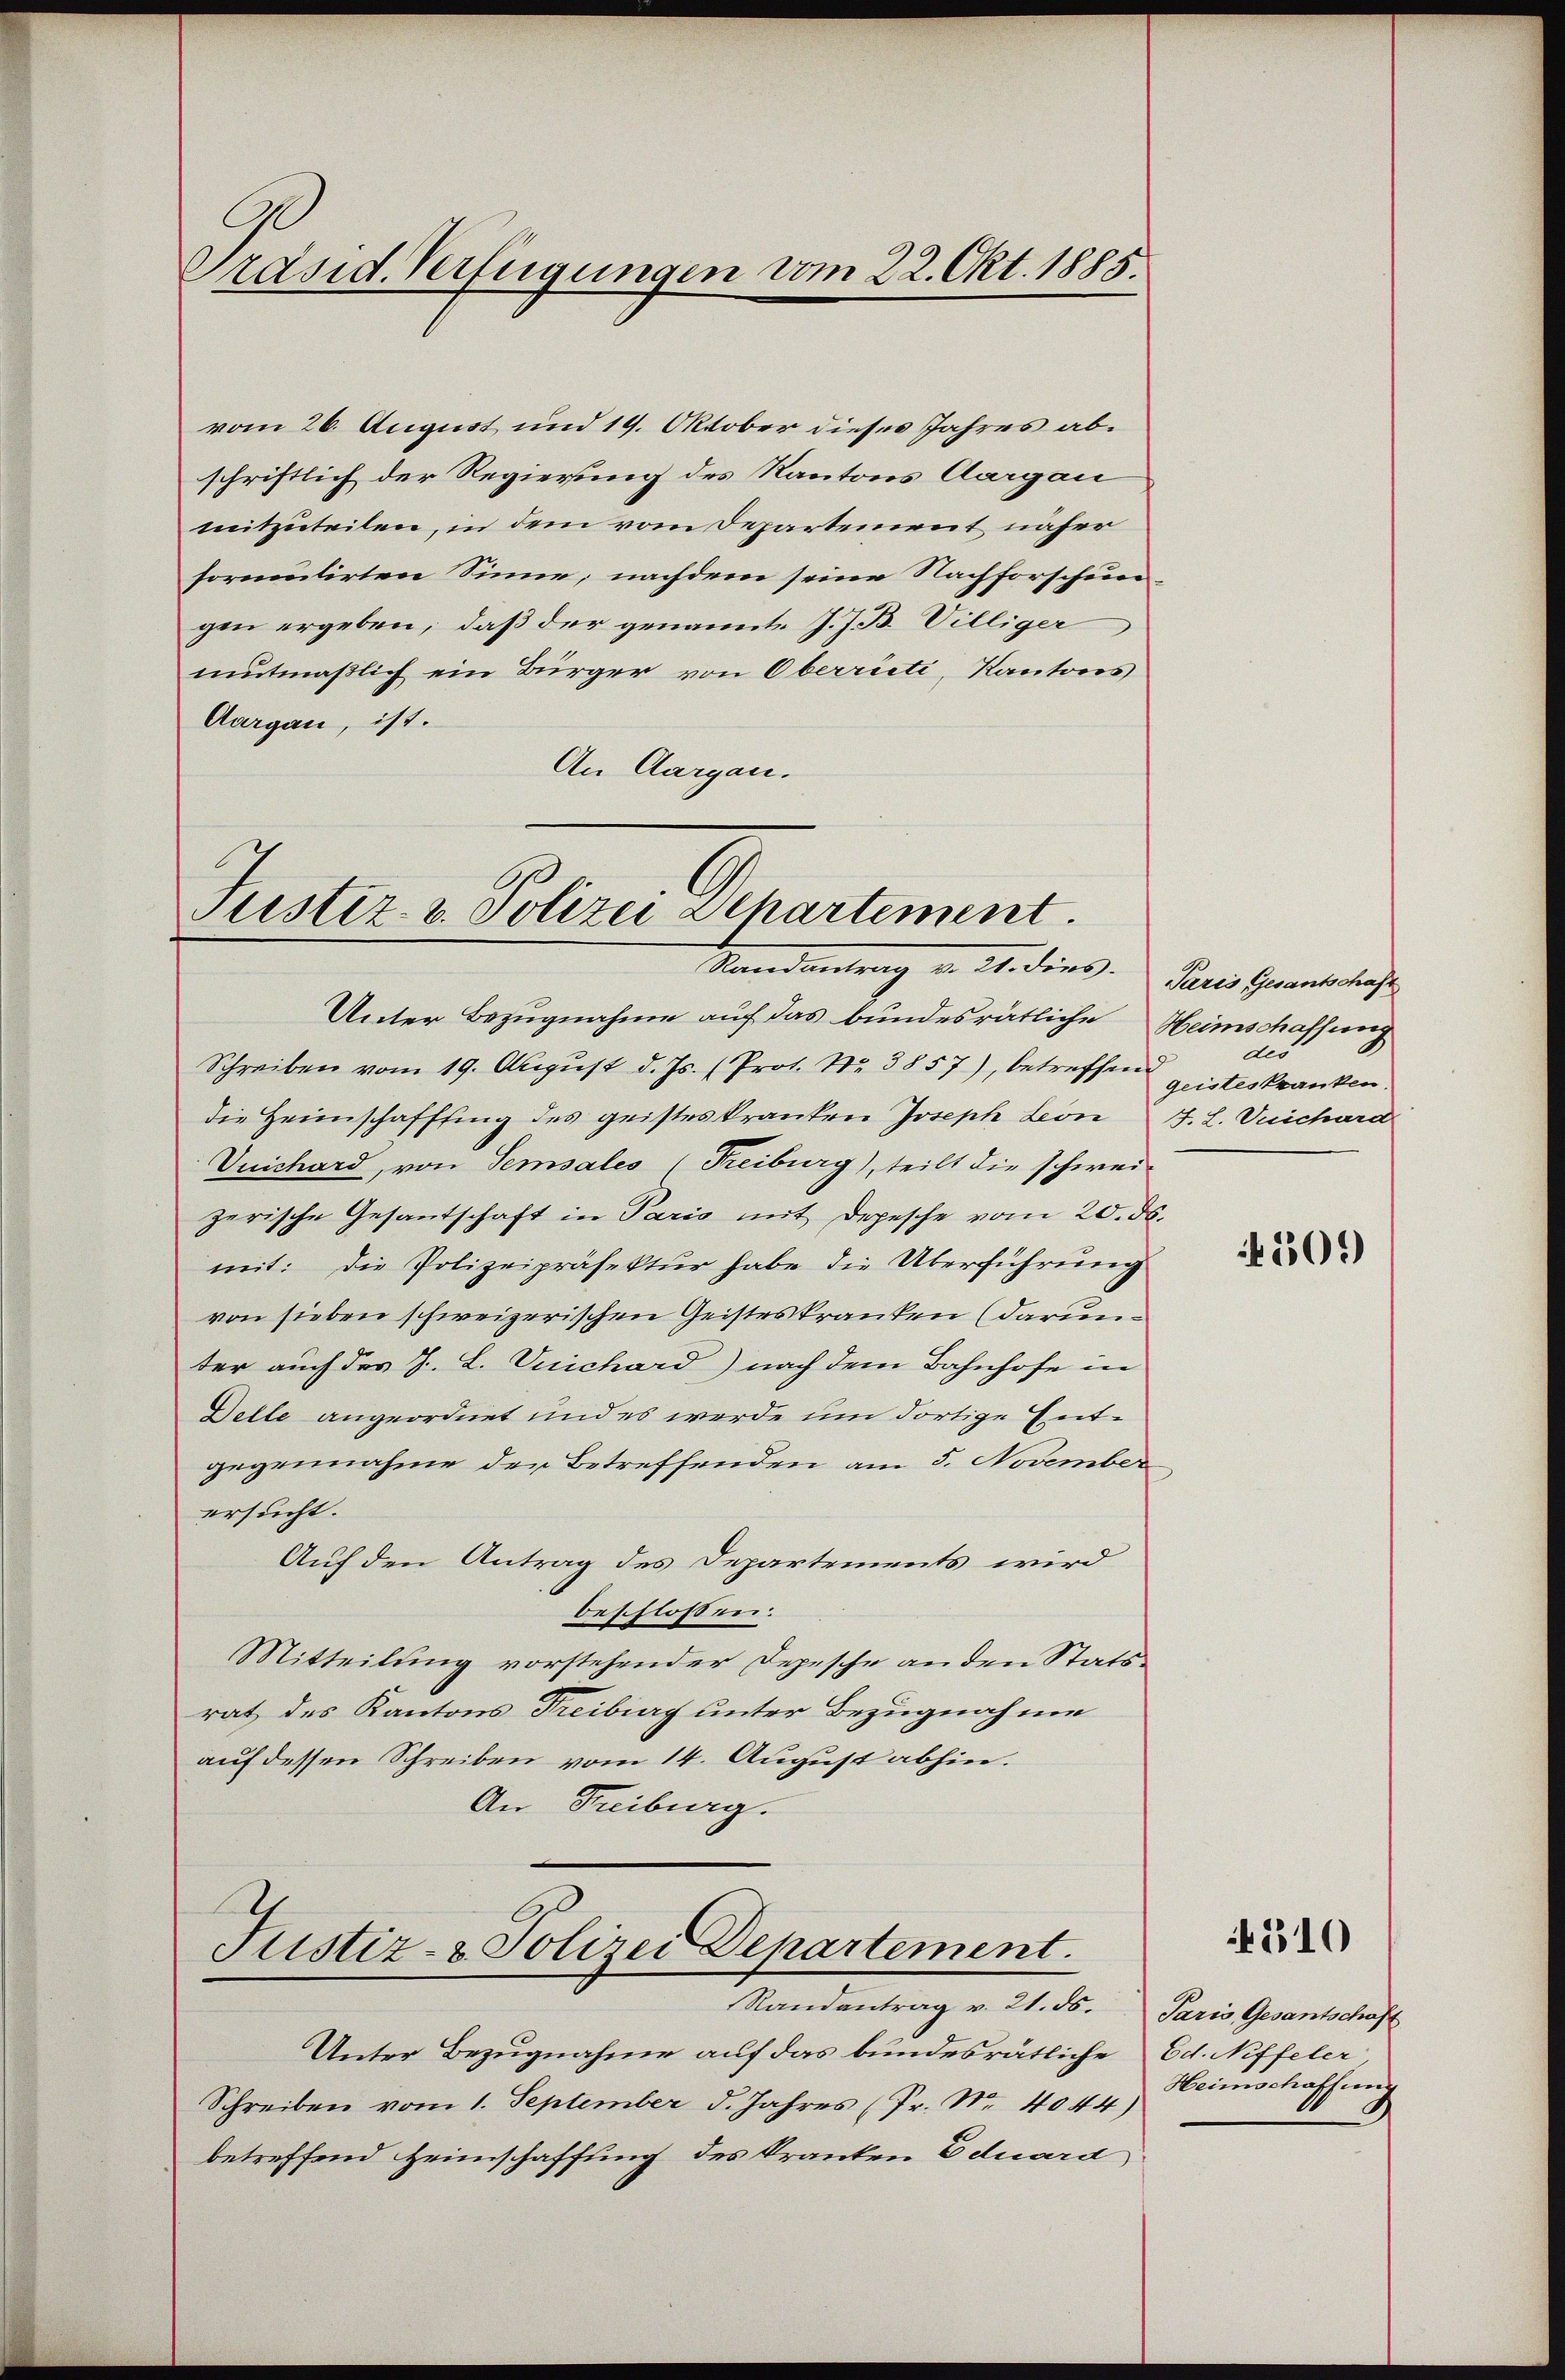
Präsid. Verfügungen vom 22. Okt. 1885.

vom 26. August und 19. Oktober dieses Jahres abschriftlich der Regierung des Kantons Aargau
mitzuteilen, in dem vom Departement näher
formutirten Sinne, nachdem seine Nachforschun
gen ergeben, daß der genannt J. J. B. Villiger
mutmaßlich ein Bürger von Oberrieti, Kantons
Aargau, ist.
An Aargau.

Justiz- & Polizei Departement.
Mandante dies

Justiz- & Polizei Departement.
Randantrag v. 21. ds.

Unter Bezugnahme auf das bundesrätliche Heimschaffung
Schreiben vom 19. August d. Js. (Prot. Nr. 3857), betreffend
die Heimschafffing des geisteskranken Joseph Leon J. L. Vichara
Vuichard, von Sensales (Freiburg), teilt die schwei-
zerische Gesantschaft in Paris mit Depesche vom 20. ds.
mit: Die Polizeipräsektur habe die Überführung
von sieben schweizerischen Geisteskranken (darunter auch des J. L. Vuichard) nach dem Bahnhofe in
Delle angeordnet und es werde um dortige Entgegennahme der Betreffenden am 5. November
ersucht.
Auf den Antrag des Departements wird
beschlossen:
Mitteilung vorstehender Depesche an den Statsrat des Kantons Treibig unter Bezugnahme
auf dessen Schreiben vom 14. August abhin.
An Freiburg.

Unter Bezugnahme auf das bundesrätliche
Schreiben vom 1. September d. Jahres (Fr. Nr. 4044)
betreffend Heimschaffung des Kranken Eduard

Paris Gesantschäft
deo
geisteskranken.

509)

4310

Paris, Gesantschaft
Ed. Neffeler
Heimschaffung